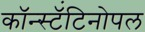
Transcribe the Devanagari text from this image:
कॉन्स्टॅंटिनोपल